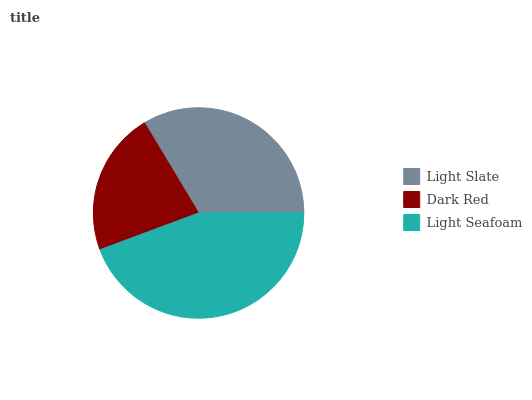
| Light Slate | Dark Red | Light Seafoam |
 | --- | --- | --- |
 | 33.5% | 22.1% | 44.4% |